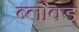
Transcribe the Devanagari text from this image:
ब्लौक्ड